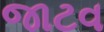
જાટવ